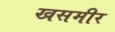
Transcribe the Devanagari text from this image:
खसमीर